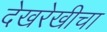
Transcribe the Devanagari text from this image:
देखरेखीचा